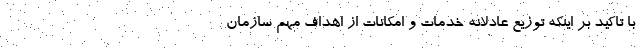
با تاکید بر اینکه توزیع عادلانه خدمات و امکانات از اهداف مهم سازمان